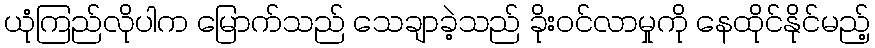
ယုံကြည်လိုပါက မြောက်သည် သေချာခဲ့သည် ခိုးဝင်လာမှုကို နေထိုင်နိုင်မည့်